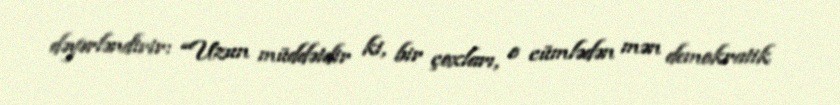
dəyərləndirir: “Uzun müddətdir ki, bir çoxları, o cümlədən mən demokratik